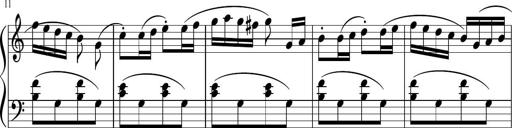
Title: 3 Sonatinen
Composer: Heinrich Lichner